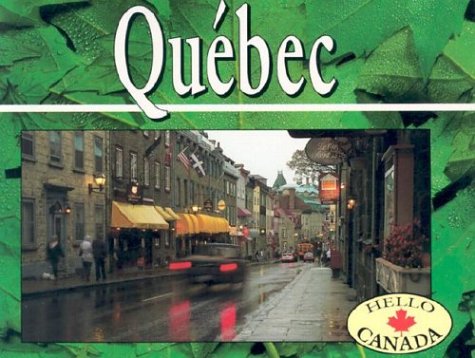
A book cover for Quebec: Revised (Hello Canada); Janice Hamilton; Children's Books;